Report on sanitation, dispensaries, and jails in Rajputana for 1916, and on vaccination for the year 1916-1917 - 1916-1917
Year: 1916
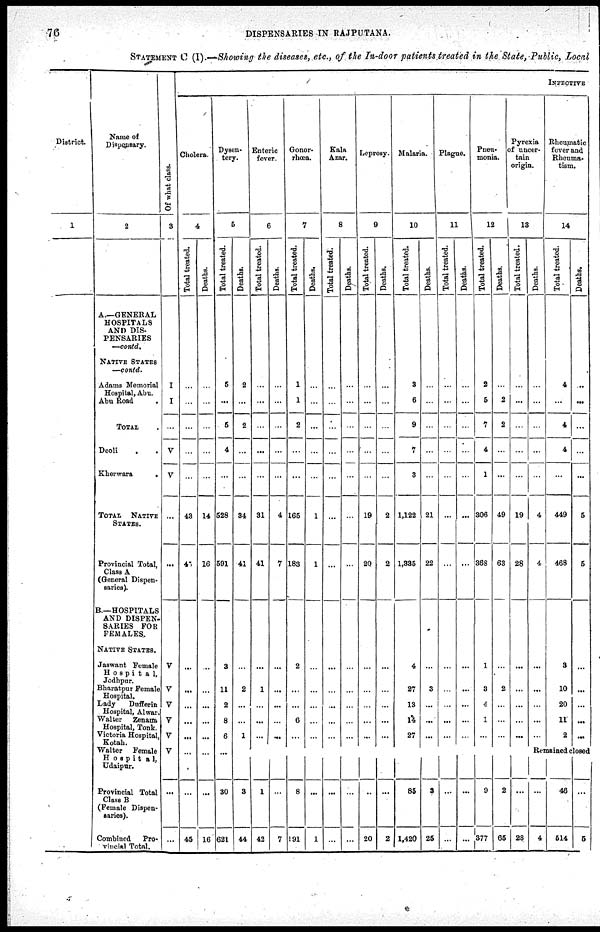
76
DISPENSARIES IN RAJPUTANA.
STATEMENT C (I).—Showing the diseases, etc., of the In-door patients treated in the State, Public, Local
District.
1
Name of
Dispensary.
2
A—GENERAL
HOSPITALS
AND DIS-
PENSARIES
—contd.
NATIVE STATES
—contd.
Adams Memorial
Hospital, Abu.
Abu Road .
TOTAL.
Deoli . .
Kherwara
.
TOTAL NATIVE
STATES.
Provincial Total,
Class A
(General Dispen-
saries).
B.—HOSPITALS
AND DISPEN-
SARIES FOR
FEMALES.
NATIVE STATES.
Jaswant Female
Hospital,
Jodhpur.
Bharatpur Female
Hospital.
Lady Dufferin
Hospital, Alwar.
Walter
Zenana
Hospital, Tonk.
Victoria Hospital.
Kotah.
Walter
Female
Hospital,
Udaipur.
Provincial Total
Class B
(Female Dispen-
saries).
Combined
Pro-
vincial Total.
Of what class.
3
I
I
...
V
V
...
...
V
V
V
V
V
V
...
...
INFECTIVE
Cholera.
4
Total treated.
...
...
...
...
...
43
43
...
...
...
...
...
...
...
45
Deaths.
...
...
...
...
...
14
16
...
...
...
...
...
...
...
16
Dysen-
tery.
5
Total treated.
5
...
5
4
...
528
591
3
11
2
8
6
...
30
621
Deaths.
2
...
2
...
...
34
41
...
2
...
...
1
...
3
44
Enteric
fever.
6
Total treated.
...
...
...
...
...
31
41
...
1
...
...
...
...
1
42
Deaths.
...
...
...
...
...
4
7
...
...
...
...
...
...
...
7
Gonor-
rhœa.
7
Total treated.
1
1
2
...
...
165
183
2
...
...
6
...
...
8
191
Deaths.
...
...
...
...
...
1
1
...
...
...
...
...
...
...
1
Kala
Azar.
8
Total treated.
...
...
...
...
...
...
...
...
...
...
...
...
...
...
...
Deaths.
...
...
...
...
...
...
...
...
...
...
...
...
...
...
...
Leprosy.
9
Total treated.
...
...
...
...
...
19
20
...
...
...
...
...
...
...
20
Deaths.
...
...
...
...
...
2
2
...
...
...
...
...
...
...
2
Malaria.
10
Total treated.
3
6
9
7
3
1,122
1,335
4
27
13
l4
27
...
85
1,420
Deaths.
...
...
...
...
...
21
22
...
3
...
...
...
...
3
25
Plague.
11
Total treated.
...
...
...
...
...
...
...
...
...
...
...
...
...
...
...
Deaths.
...
...
...
...
...
...
...
...
...
...
...
...
...
...
...
Pneu-
monia.
12
Total treated.
2
5
7
4
1
306
368
1
3
4
1
...
...
9
377
Deaths.
...
2
2
...
...
49
63
...
2
...
...
...
...
2
65
Pyrexia
of uncer-
tain
origin.
13
Total treated.
...
...
...
...
19
28
...
...
...
...
...
...
...
28
Deaths.
...
...
...
...
...
4
4
...
...
...
...
...
Rheumatic
fever and
Rheuma-
tism.
14
Total treated.
4
...
4
4
...
449
468
3
10
20
11
2
Deaths.
...
...
...
...
...
5
5
...
...
...
...
...
Remained closed
...
4
46
514
...
5